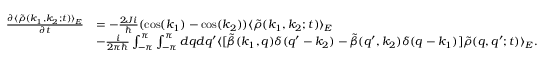
\begin{array} { r l } { \frac { \partial \langle \tilde { \rho } ( k _ { 1 } , k _ { 2 } ; t ) \rangle _ { E } } { \partial t } } & { = - \frac { 2 J i } { \hbar } ( \cos ( k _ { 1 } ) - \cos ( k _ { 2 } ) ) \langle \tilde { \rho } ( k _ { 1 } , k _ { 2 } ; t ) \rangle _ { E } } \\ & { - \frac { i } { 2 \pi \hbar } \int _ { - \pi } ^ { \pi } \int _ { - \pi } ^ { \pi } d q d q ^ { \prime } \langle [ \tilde { \beta } ( k _ { 1 } , q ) \delta ( q ^ { \prime } - k _ { 2 } ) - \tilde { \beta } ( q ^ { \prime } , k _ { 2 } ) \delta ( q - k _ { 1 } ) ] \tilde { \rho } ( q , q ^ { \prime } ; t ) \rangle _ { E } . } \end{array}